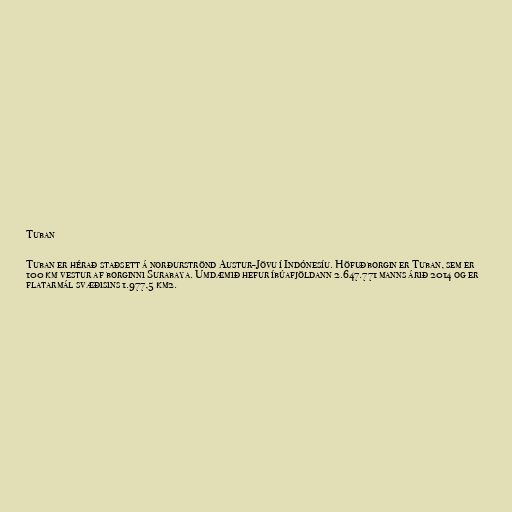
Tuban

Tuban er hérað staðsett á norðurströnd Austur-Jövu í Indónesíu. Höfuðborgin er Tuban, sem er
100 km vestur af borginni Surabaya. Umdæmið hefur íbúafjöldann 2.647.771 manns árið 2014 og er
flatarmál svæðisins 1.977,5 km2.